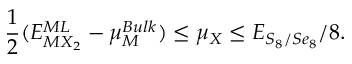
\frac { 1 } { 2 } ( E _ { M X _ { 2 } } ^ { M L } - \mu _ { M } ^ { B u l k } ) \leq \mu _ { X } \leq E _ { S _ { 8 } / S e _ { 8 } } / 8 .